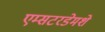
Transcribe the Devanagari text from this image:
एम्सटरडेमशे